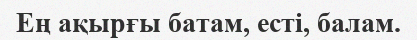
Ең ақырғы батам, есті, балам.